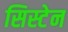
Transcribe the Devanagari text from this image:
सिस्टेन